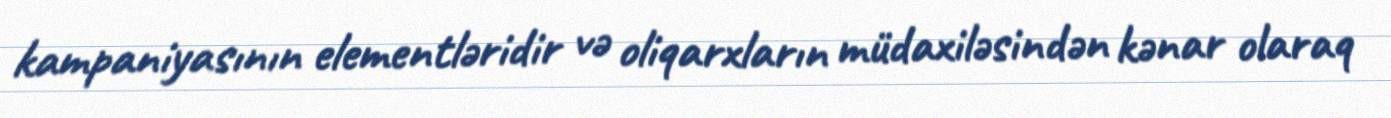
kampaniyasının elementləridir və oliqarxların müdaxiləsindən kənar olaraq